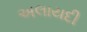
અલાયદી